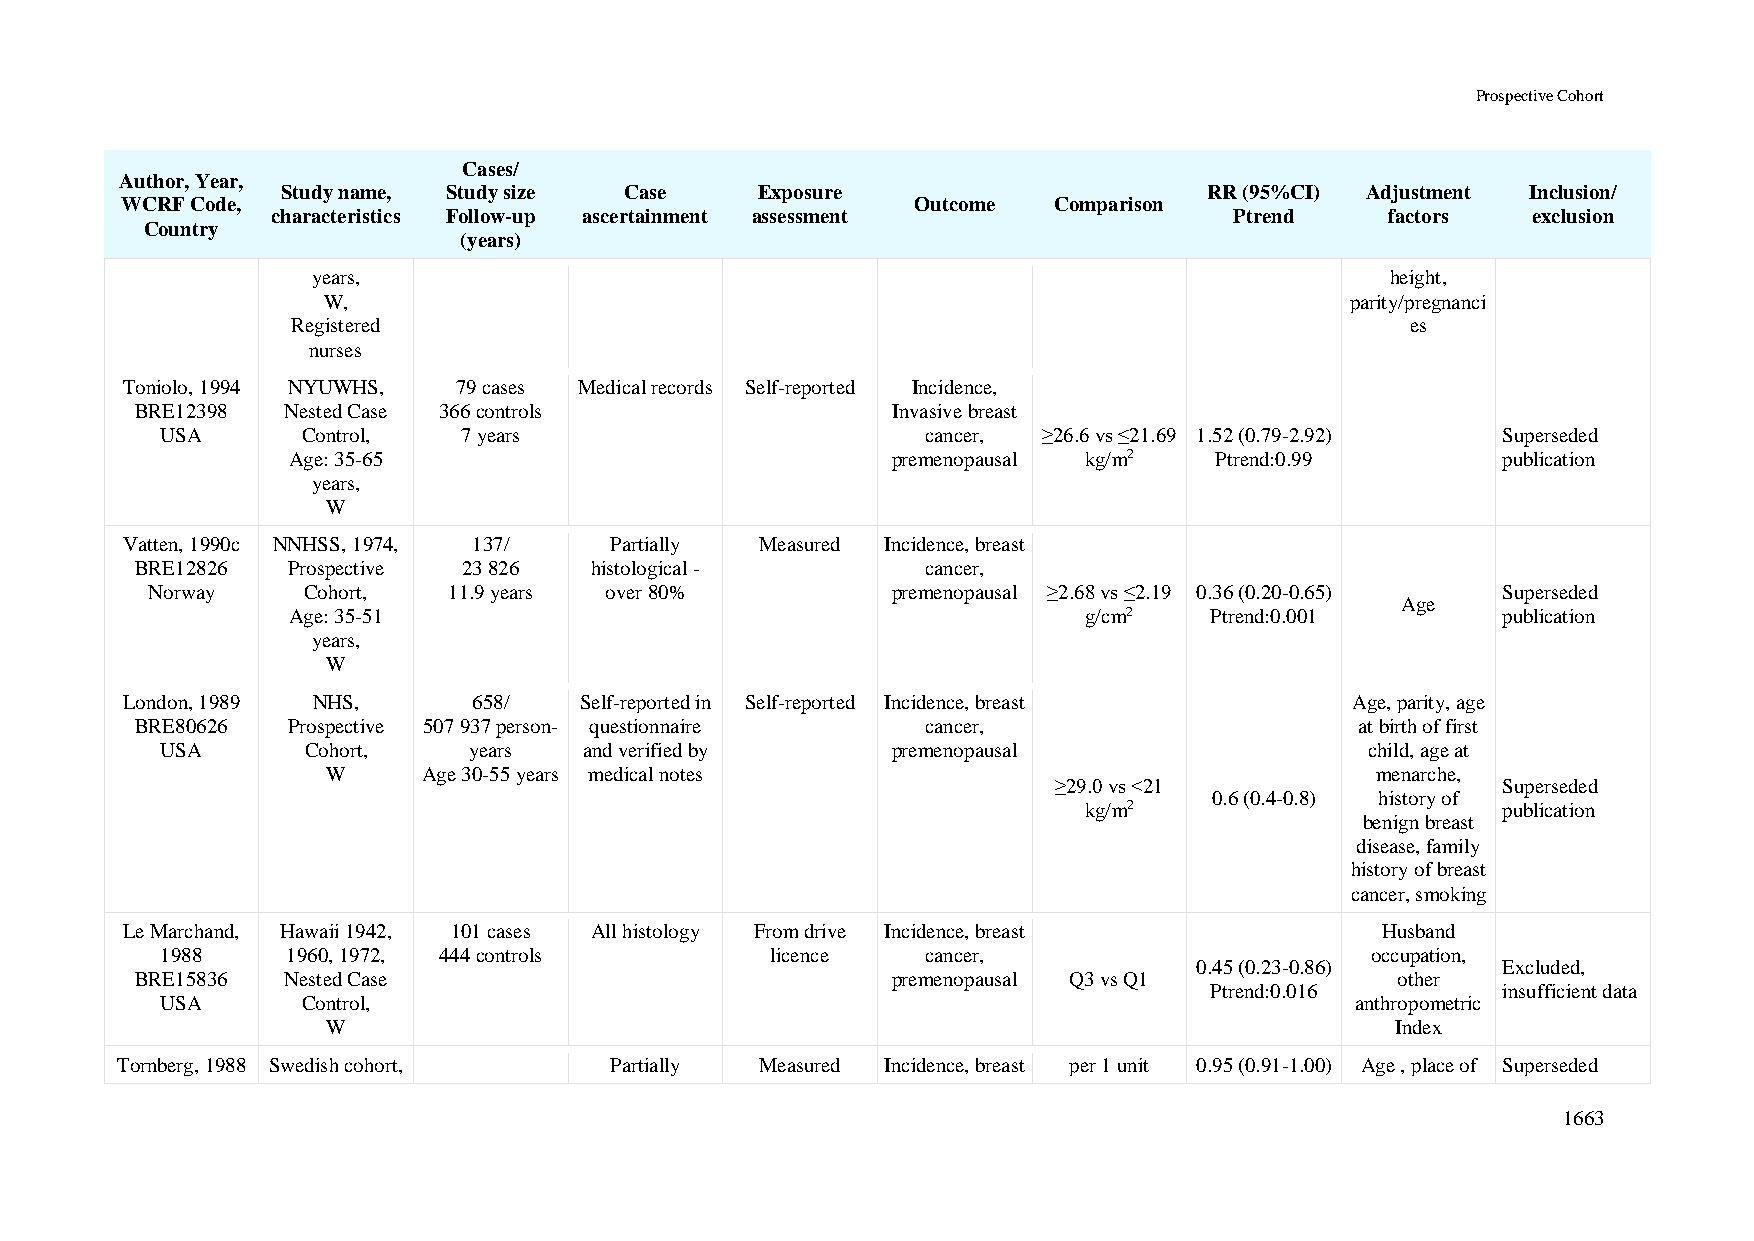
Prospective Cohort
 Cases/
 Author, Year,
 Study name, Study size Case    Exposure                      RR (95%CI) Adjustment Inclusion/
 WCRF Code,                                           Outcome  Comparison
 characteristics Follow-up ascertainment assessment              Ptrend    factors  exclusion
 Country
 (years)
 years,                                                                 height,
 W,                                                                  parity/pregnanci
 Registered                                                                es
 nurses
 Toniolo, 1994 NYUWHS, 79 cases Medical records Self-reported Incidence,
 BRE12398  Nested Case 366 controls                Invasive breast
 USA      Control,   7 years                       cancer, ≥26.6 vs ≤21.69 1.52 (0.79-2.92) Superseded
 Age: 35-65                              premenopausal kg/m2  Ptrend:0.99        publication
 years,
 W
 Vatten, 1990c NNHSS, 1974, 137/ Partially Measured Incidence, breast
 BRE12826  Prospective 23 826  histological -        cancer,
 Norway    Cohort,   11.9 years over 80%          premenopausal ≥2.68 vs ≤2.19 0.36 (0.20-0.65) Superseded
 Age
 Age: 35-51                                           g/cm2   Ptrend:0.001       publication
 years,
 W
 London, 1989 NHS,      658/   Self-reported in Self-reported Incidence, breast    Age, parity, age
 BRE80626  Prospective 507 937 person- questionnaire cancer,                      at birth of first
 USA      Cohort,    years   and verified by     premenopausal                   child, age at
 W     Age 30-55 years medical notes                                  menarche,
 ≥29.0 vs <21                 Superseded
 0.6 (0.4-0.8) history of
 kg/m2                      publication
 benign breast
 disease, family
 history of breast
 cancer, smoking
 Le Marchand, Hawaii 1942, 101 cases All histology From drive Incidence, breast     Husband
 1988    1960, 1972, 444 controls        licence   cancer,                       occupation,
 0.45 (0.23-0.86)    Excluded,
 BRE15836  Nested Case                             premenopausal Q3 vs Q1           other
 Ptrend:0.016       insufficient data
 USA      Control,                                                              anthropometric
 W                                                                     Index
 Tornberg, 1988 Swedish cohort,  Partially Measured Incidence, breast per 1 unit 0.95 (0.91-1.00) Age , place of Superseded
 1663